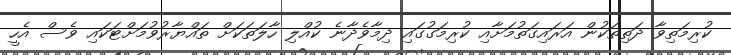
ކުރިމަތިވާ ދަތިތަކުން އަރައިގަތުމަށާއި ކުރިމަގުގައި ދިމާވެދާނެ ކުއްލި ހާލަތަކަށް ތައްޔާރުވުމަށްޓަކައި ވެސް އެހީ